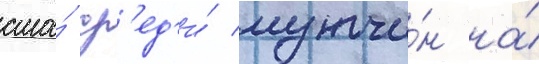
сша́ ср'ед'и́ мужчи́н на́